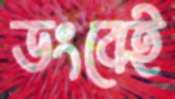
ডংবেই